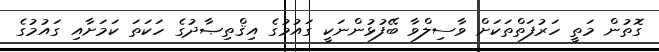
ގޮތުން މަތީ ހަރުފަތްތަކަށް ވާސިލްވާ ބޭފުޅުންނަކީ ގައުމުގެ އިޤްތިޞާދުގެ ހަކަތަ ކަމަށާއި ގައުމުގެ